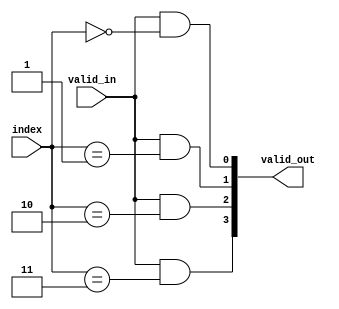
module addr_dec
#(
	parameter NPORT = 4
)
(
	input                          valid_in,
	input      [$clog2(NPORT)-1:0] index,
	output reg [       NPORT -1:0] valid_out
);

integer i;

always @* begin
	for (i = 0; i < NPORT; i = i+1) begin
		valid_out[i] <= valid_in & (index == i);
	end
end

endmodule